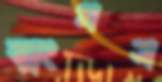
ব্যাংগস